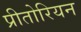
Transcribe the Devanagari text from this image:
प्रीतोरियन